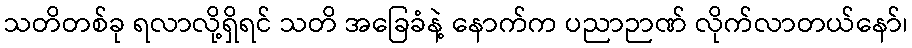
သတိတစ်ခု ရလာလို့ရှိရင် သတိ အခြေခံနဲ့ နောက်က ပညာဉာဏ် လိုက်လာတယ်နော်၊